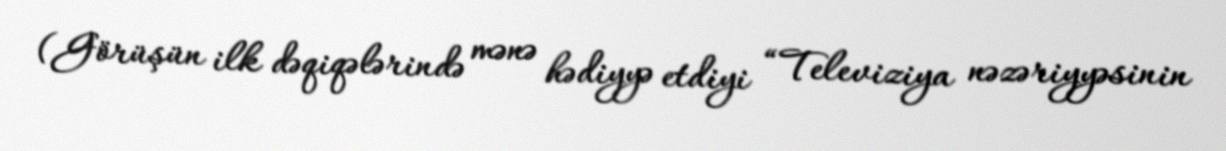
(Görüşün ilk dəqiqələrində mənə hədiyyə etdiyi “Televiziya nəzəriyyəsinin